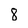
Character: 8